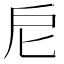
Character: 𢨩